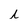
Character: h